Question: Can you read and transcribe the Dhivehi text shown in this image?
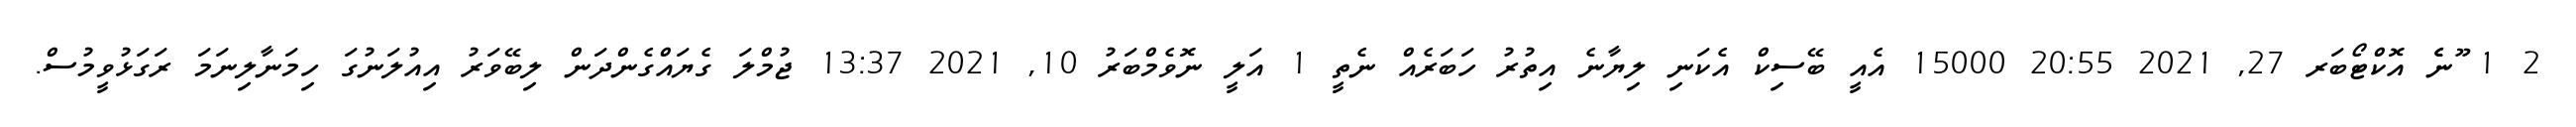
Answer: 2 1 ޫނެެ އޮކްޓޯބަރ 27, 2021 20:55 15000 އެއީ ބޭސިކް އެކަނި ލިޔާނެ އިތުރު ހަބަރެއް ނެތީ 1 އަލީ ނޮވެމްބަރު 10, 2021 13:37 ޖުމްލަ ގެޔައްގެންދަން ލިބޭވަރު އިއުލަނުގަ ހިމަނާލިނަމަ ރަގަޅުވީމުސް.